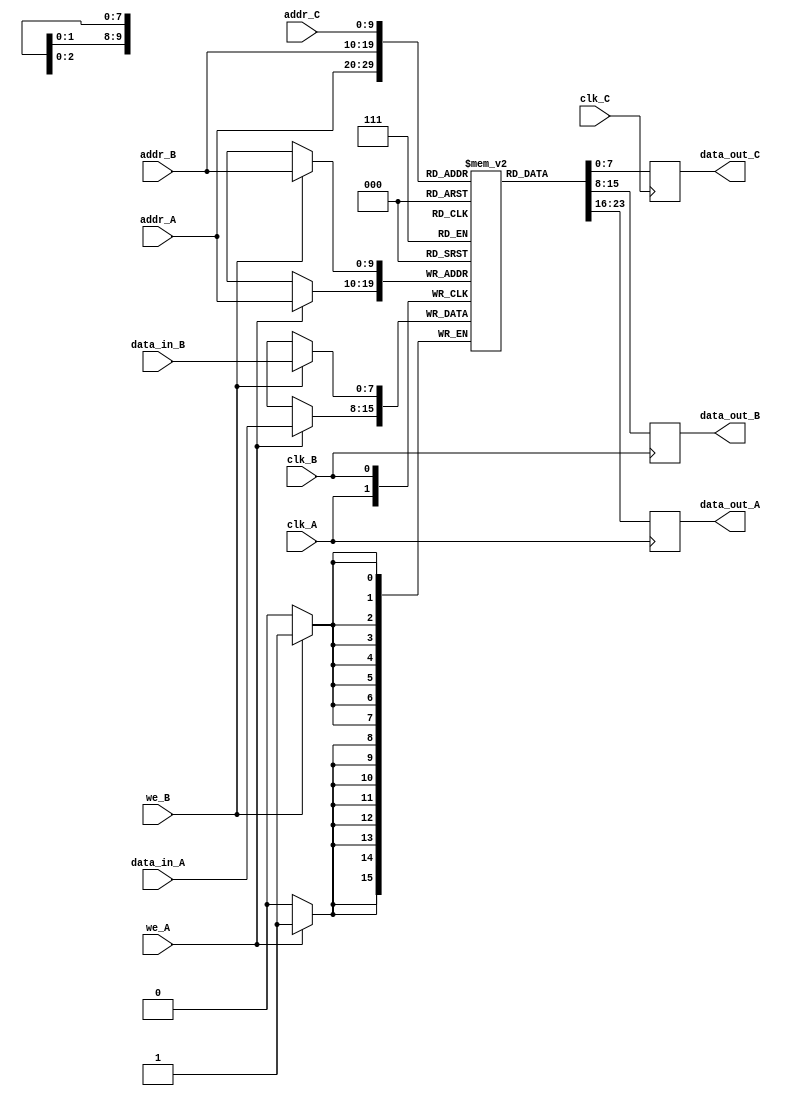
module triple_port_ram #(
    parameter DATA_WIDTH = 8,    // Width of the data bus
    parameter ADDR_WIDTH = 10     // Width of the address bus
)(
    input                       clk_A,      // Clock for Port A
    input                       we_A,       // Write enable for Port A
    input [ADDR_WIDTH-1:0]     addr_A,     // Address for Port A
    input [DATA_WIDTH-1:0]      data_in_A,  // Data input for Port A
    output reg [DATA_WIDTH-1:0] data_out_A,  // Data output for Port A

    input                       clk_B,      // Clock for Port B
    input                       we_B,       // Write enable for Port B
    input [ADDR_WIDTH-1:0]     addr_B,     // Address for Port B
    input [DATA_WIDTH-1:0]      data_in_B,  // Data input for Port B
    output reg [DATA_WIDTH-1:0] data_out_B,  // Data output for Port B

    input                       clk_C,      // Clock for Port C
    input [ADDR_WIDTH-1:0]     addr_C,     // Address for Port C
    output reg [DATA_WIDTH-1:0] data_out_C   // Data output for Port C
);

    // Memory array
    reg [DATA_WIDTH-1:0] ram [(1 << ADDR_WIDTH)-1:0];

    // Sequential logic for Port A
    always @(posedge clk_A) begin
        if (we_A) begin
            ram[addr_A] <= data_in_A;   // Write operation
        end
        data_out_A <= ram[addr_A];       // Read operation
    end

    // Sequential logic for Port B
    always @(posedge clk_B) begin
        if (we_B) begin
            ram[addr_B] <= data_in_B;   // Write operation
        end
        data_out_B <= ram[addr_B];       // Read operation
    end

    // Sequential logic for Port C
    always @(posedge clk_C) begin
        data_out_C <= ram[addr_C];       // Read operation only
    end

endmodule